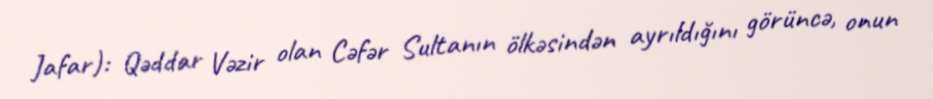
Jafar): Qəddar Vəzir olan Cəfər Sultanın ölkəsindən ayrıldığını görüncə, onun